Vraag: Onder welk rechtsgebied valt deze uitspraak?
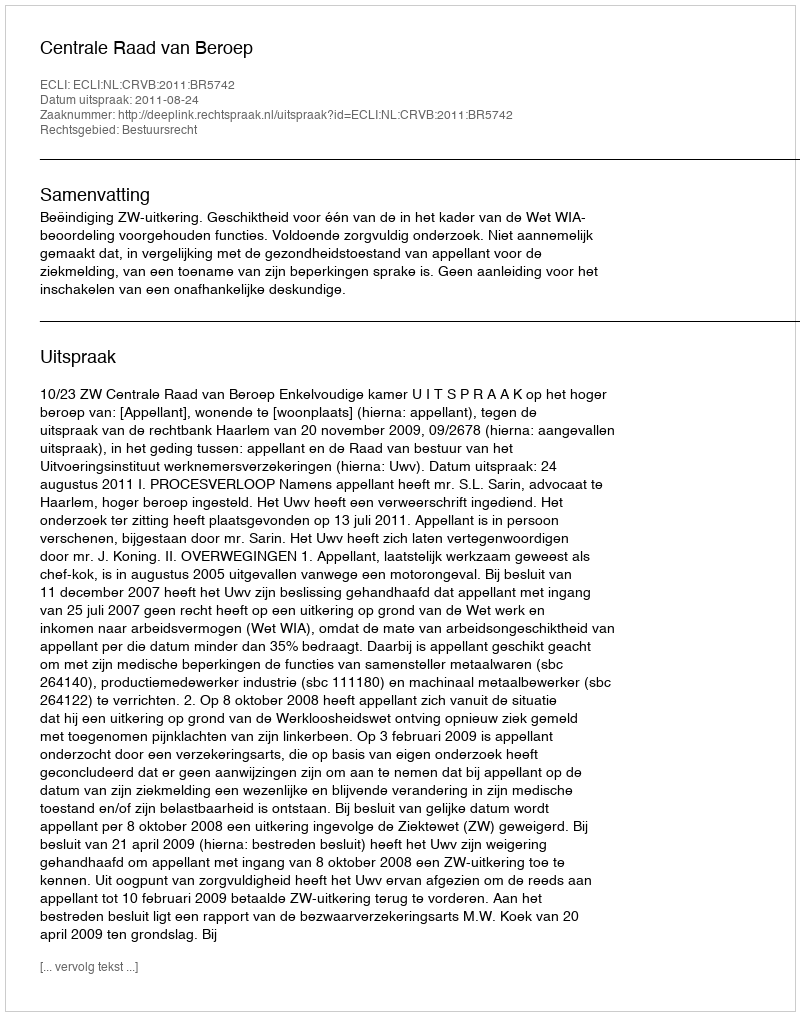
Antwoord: Bestuursrecht